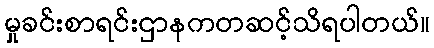
မှုခင်းစာရင်းဌာနကတဆင့်သိရပါတယ်။